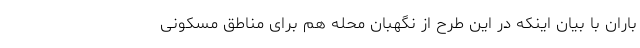
باران با بیان اینکه در این طرح از نگهبان محله هم برای مناطق مسکونی